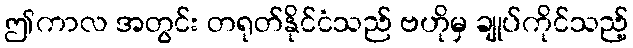
ဤကာလ အတွင်း တရုတ်နိုင်ငံသည် ဗဟိုမှ ချုပ်ကိုင်သည့်